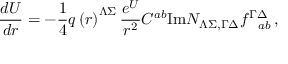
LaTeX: { \frac { d { \cal U } } { d r } } = - { \frac { 1 } { 4 } } q \left( r \right) ^ { \Lambda \Sigma } { \frac { e ^ { \cal U } } { r ^ { 2 } } } C ^ { a b } \mathrm { I m } { \cal N } _ { \Lambda \Sigma , \Gamma \Delta } f _ { ~ ~ a b } ^ { \Gamma \Delta } \, ,